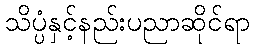
သိပ္ပံနှင့်နည်းပညာဆိုင်ရာ